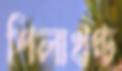
শিলাখণ্ড